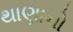
થાણાનો